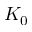
K _ { 0 }